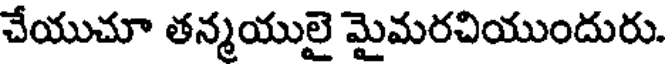
చేయుచూ తన్మయులై మైమరచియుందురు.